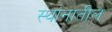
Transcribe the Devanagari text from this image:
स्थांनातील